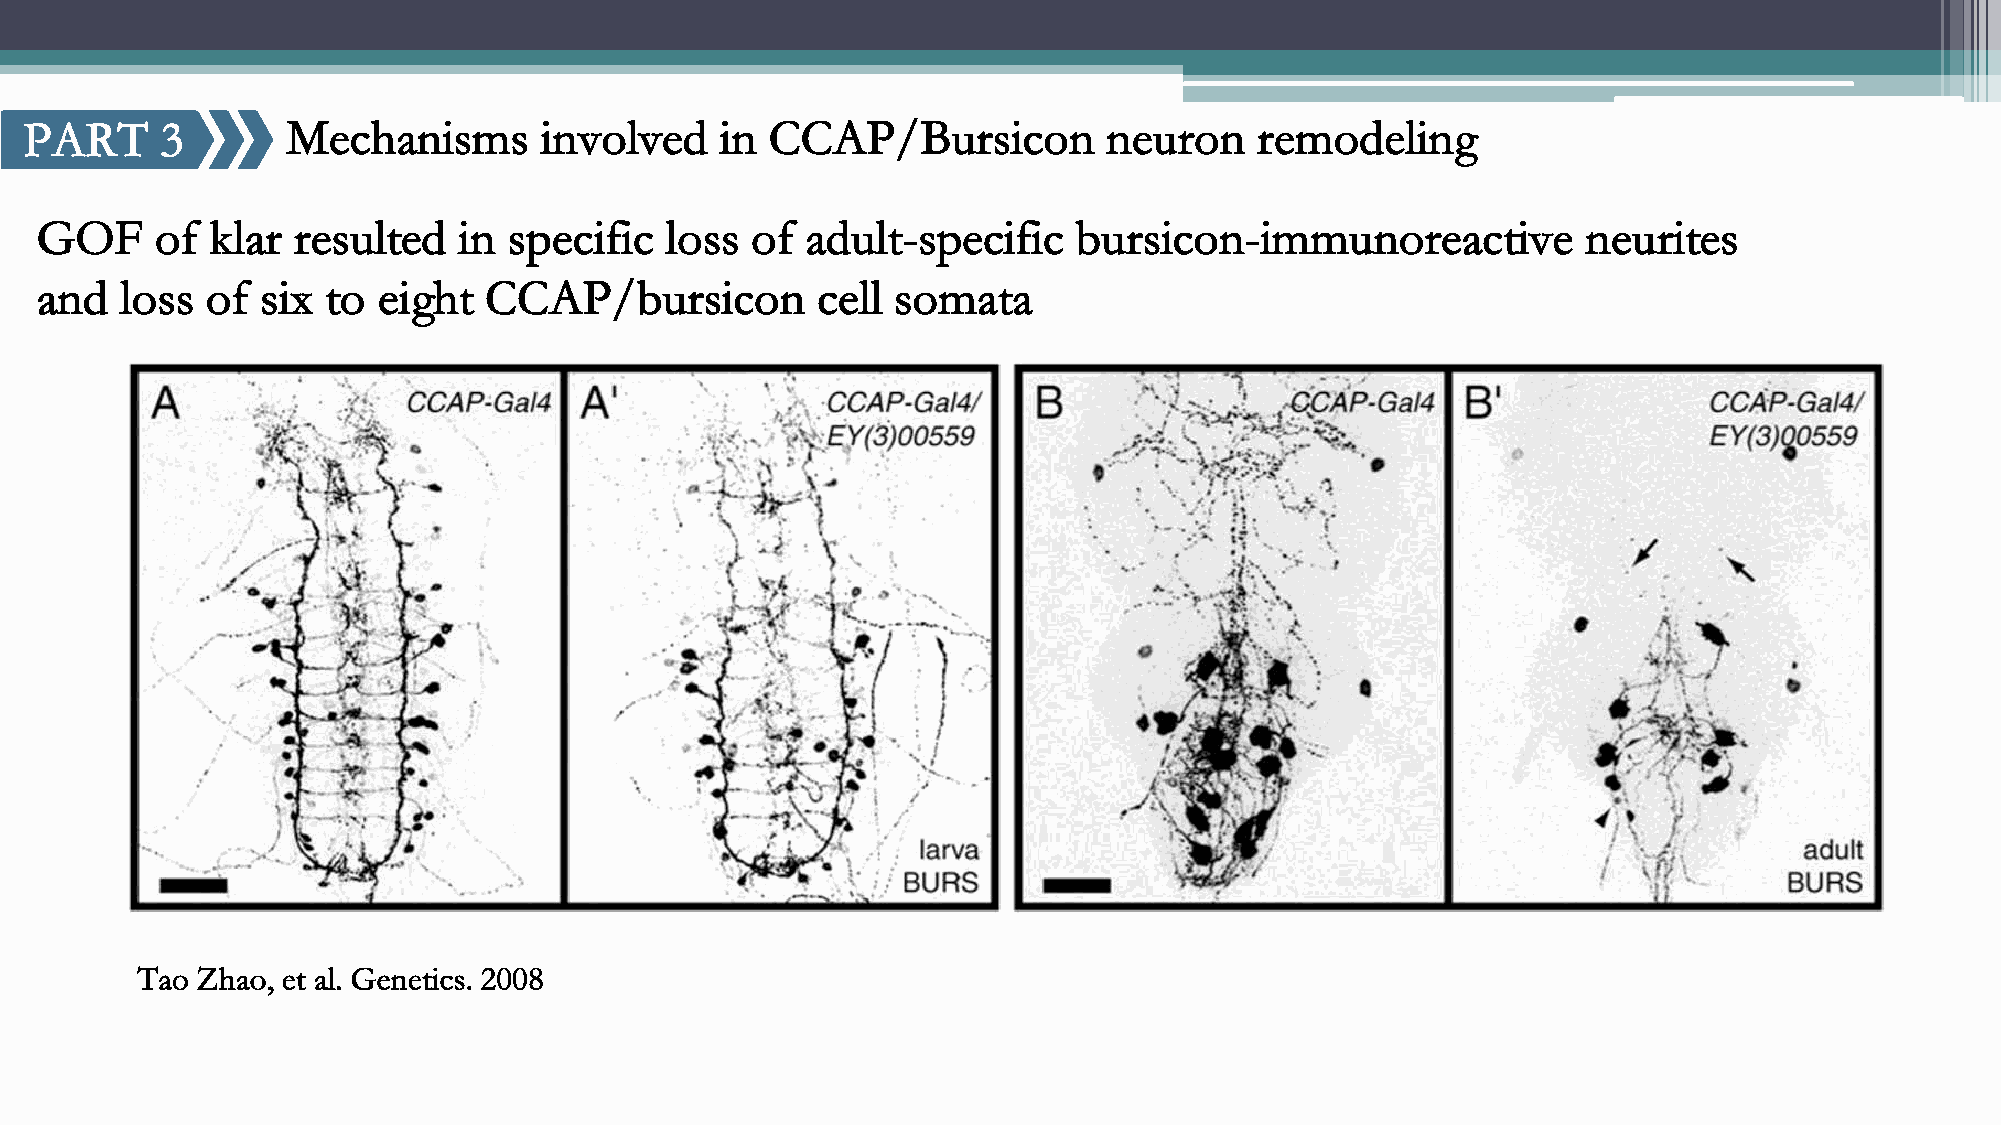
PART     3       Mechanisms       involved    in CCAP/Bursicon         neuron    remodeling
 GOF     of  klar resulted   in  specific  loss  of adult-specific    bursicon-immunoreactive           neurites
 and   loss  of six  to eight  CCAP/bursicon         cell somata
 Tao Zhao, et al. Genetics. 2008